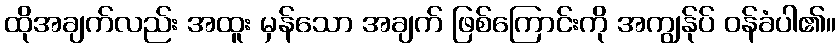
ထိုအချက်လည်း အထူး မှန်သော အချက် ဖြစ်ကြောင်းကို အကျွန်ုပ် ဝန်ခံပါ၏။